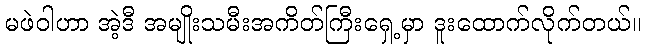
မဖဲဝါဟာ အဲ့ဒီ အမျိုးသမီးအကိတ်ကြီးရှေ့မှာ ဒူးထောက်လိုက်တယ်။